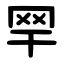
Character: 䍑